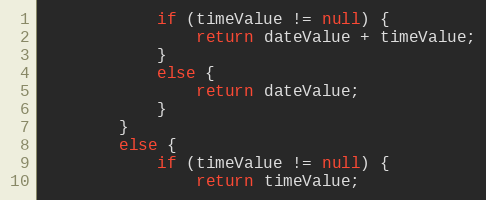
Language: Java
            if (timeValue != null) {
                return dateValue + timeValue;
            }
            else {
                return dateValue;
            }
        }
        else {
            if (timeValue != null) {
                return timeValue;